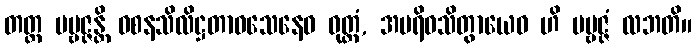
တတ္ထ ပဗ္ဗဇ္ဇန္တိ ဝစနသိလိဋ္ဌတာဝသေနေဝ ဝုတ္တံ, အပရိဝသိတွာယေဝ ဟိ ပဗ္ဗဇ္ဇံ လဘတိ။